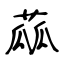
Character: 蓏